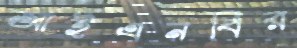
আইএনবির